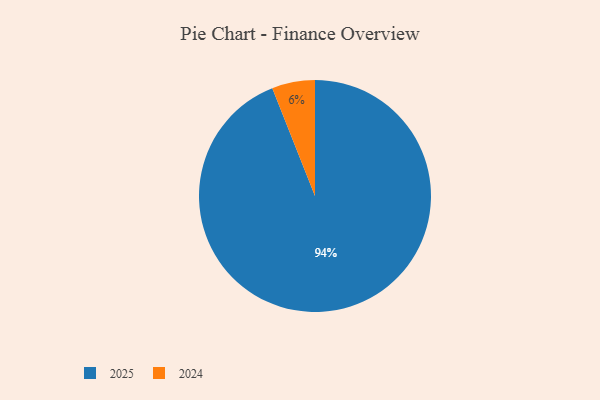
{"axis": {"x": "Category", "y": "Percentage"}, "legend": ["2024", "2025"], "data": [{"x": "2024", "y": 6, "type": "2024"}, {"x": "2025", "y": 94, "type": "2025"}]}